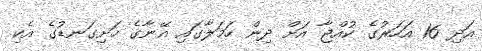
އަދި 16 އަހަރުގެ ކުއްޖާ އަށް ދިން ހަމަލާގައި އޭނާގެ ހަށިގަނޑުގެ އެކި